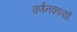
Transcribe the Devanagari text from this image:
वर्णनकाव्यों